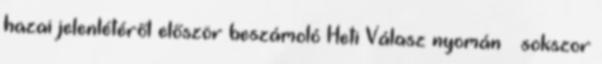
hazai jelenlétéről először beszámoló Heti Válasz nyomán – sokszor